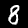
Digit: 8